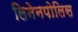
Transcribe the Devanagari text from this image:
लिनेनपोलिस